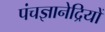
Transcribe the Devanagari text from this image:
पंचज्ञानेद्रियों